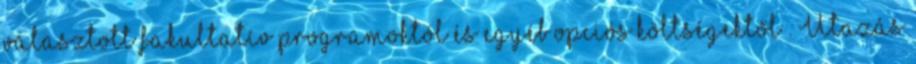
választott fakultatív programoktól és egyéb opciós költségektől . Utazás